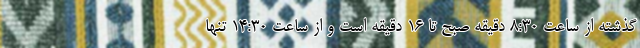
گذشته از ساعت ۸:۳۰ دقیقه صبح تا ۱۶ دقیقه است و از ساعت ۱۴:۳۰ تنها